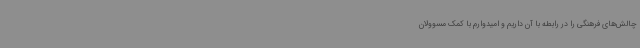
چالش‌های فرهنگی را در رابطه با آن داریم و امیدوارم با کمک مسوولان